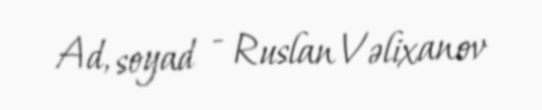
Ad, soyad - Ruslan Vəlixanov